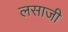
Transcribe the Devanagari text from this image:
लसाजी